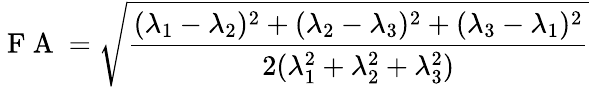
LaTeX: \mathrm{~F~A~}=\sqrt{\frac{(\lambda_{1}-\lambda_{2})^{2}+(\lambda_{2}-\lambda_{3})^{2}+(\lambda_{3}-\lambda_{1})^{2}}{2(\lambda_{1}^{2}+\lambda_{2}^{2}+\lambda_{3}^{2})}}